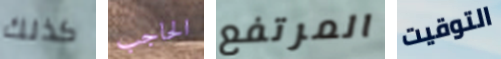
كذلك الحاجب المرتفع التوقيت